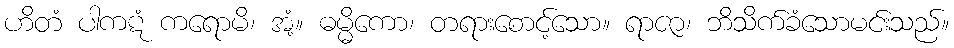
ဟိတံ ပါကဋံ ကရောမိ၊ အံ့။ ဓမ္မိကော၊ တရားစောင့်သော။ ရာဇာ၊ ဘိသိက်ခံသောမင်းသည်။